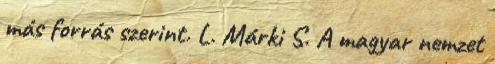
más forrás szerint. L. Márki S. A magyar nemzet